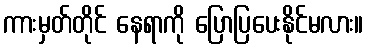
ကားမှတ်တိုင် နေရာကို ပြောပြပေးနိုင်မလား။